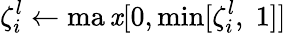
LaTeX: \zeta_{i}^{l}\gets\operatorname*{ma\mathit{x}}[0,\operatorname*{min}[\zeta_{i}^{l},\; 1]]